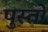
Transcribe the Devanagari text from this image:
पुस्तों